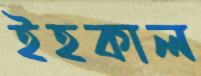
ইহকাল